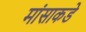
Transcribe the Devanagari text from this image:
मांसाकडे